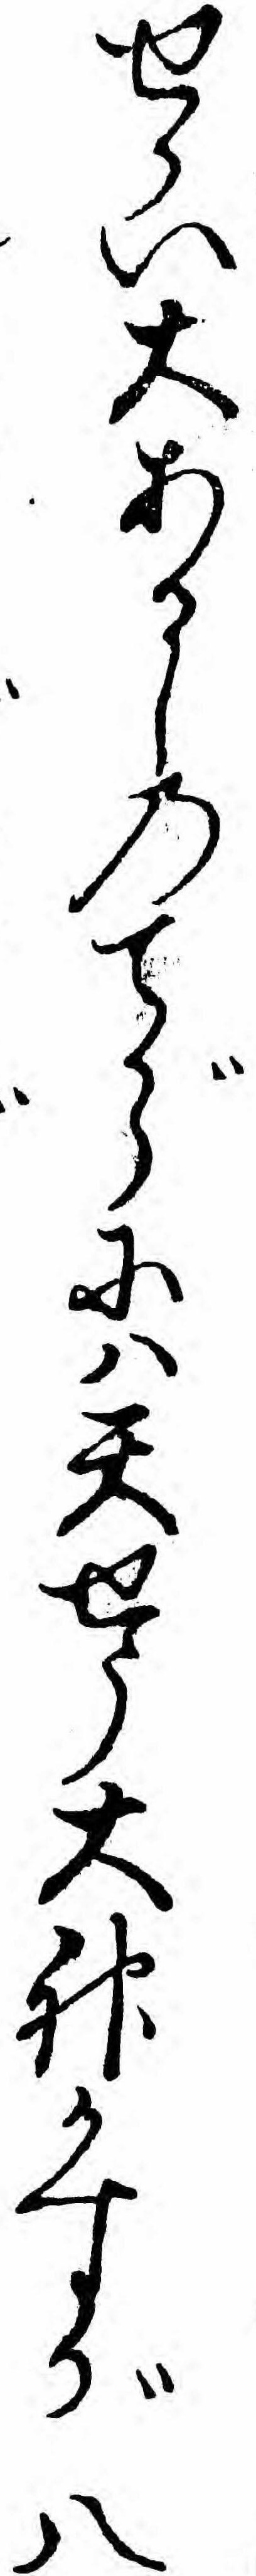
せかい大あるしのてがらにハ天せう大神かすが八